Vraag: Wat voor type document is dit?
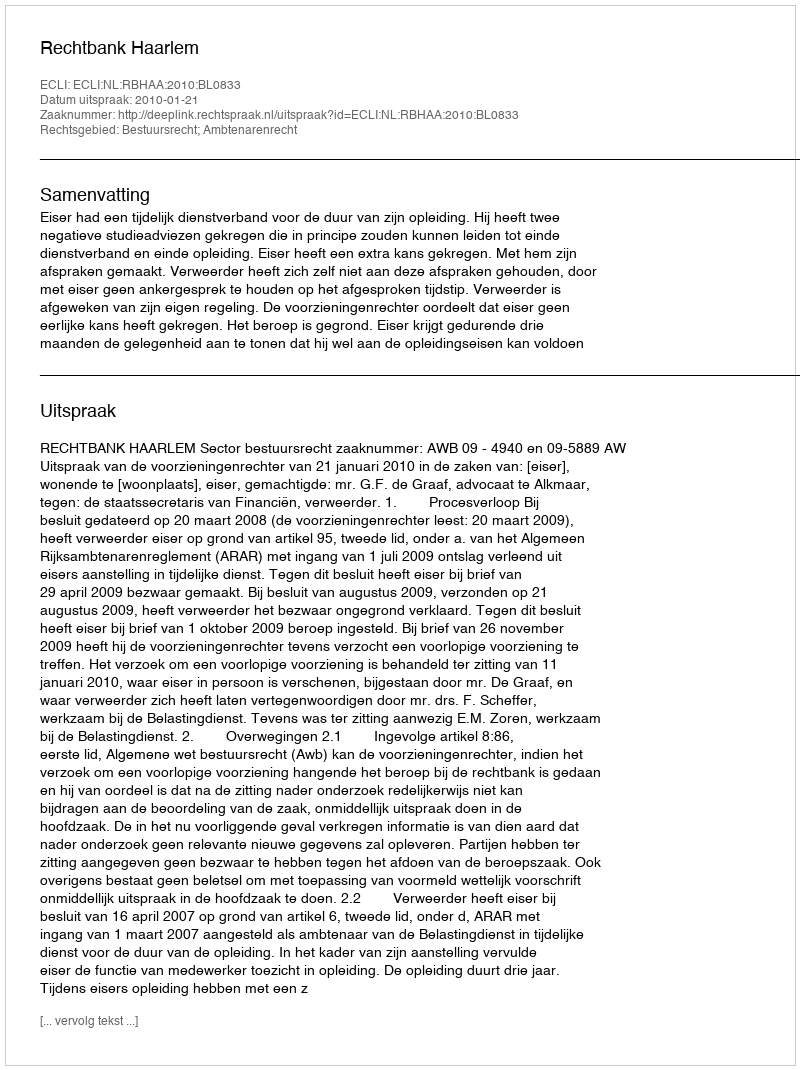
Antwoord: Uitspraak